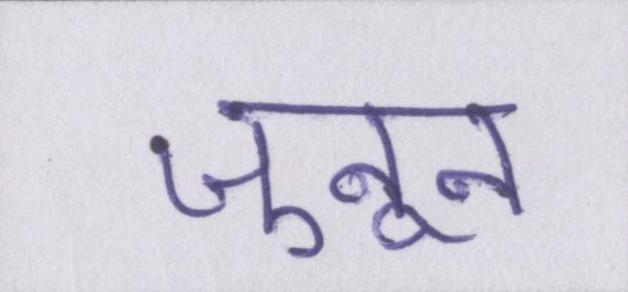
जुनून